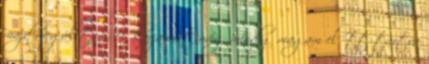
majd megálltam, és karjaimat még mindig magam előtt tartva